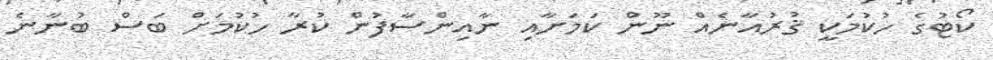
ކޯޓުގެ ހުކުމަކީ ޤުރުއާނެއް ނޫން ކަމަށާއި ނާއިންސާފުން ކުރާ ހުކުމަށް ބަސް ބުނާނެ